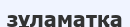
зұламатқа